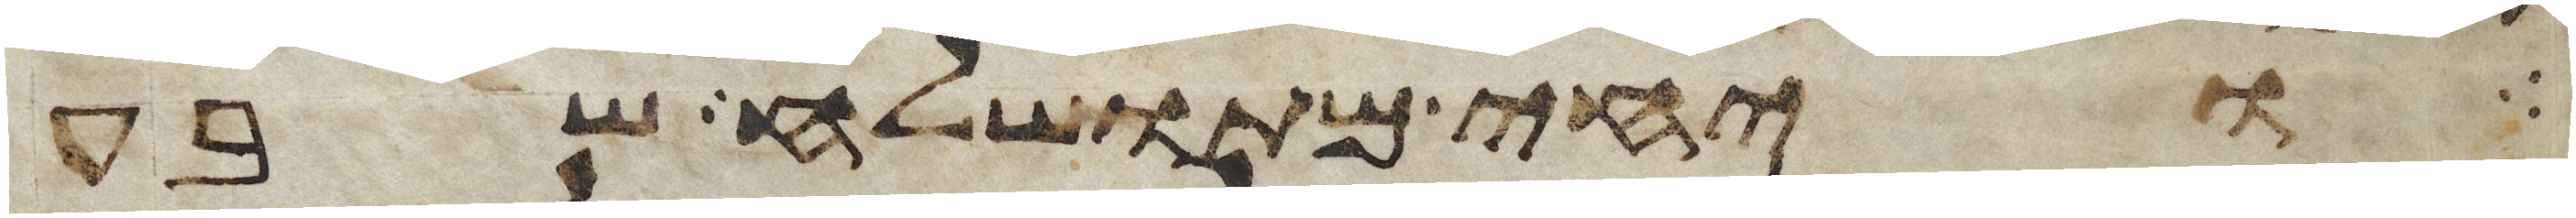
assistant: ויחי מתושלח שבע